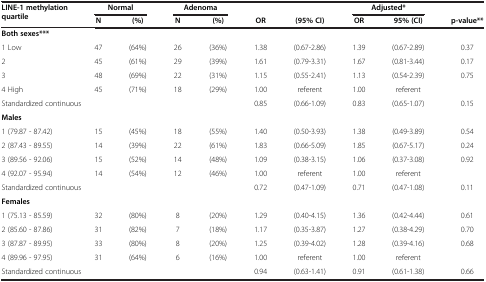
<table><thead><tr><td rowspan="2"><b>LINE-1 methylation quartile</b></td><td colspan="2"><b>Normal</b></td><td colspan="2"><b>Adenoma</b></td><td><b> </b></td><td><b> </b></td><td colspan="2"><b>Adjusted*</b></td><td><b> </b></td></tr><tr><td><b>N</b></td><td><b>(%)</b></td><td><b>N</b></td><td><b>(%)</b></td><td><b>OR</b></td><td><b>(95% CI)</b></td><td><b>OR</b></td><td><b>95% (CI)</b></td><td><b>p-value**</b></td></tr></thead><tbody><tr><td><b>Both sexes***</b></td><td> </td><td> </td><td> </td><td> </td><td> </td><td> </td><td> </td><td> </td><td> </td></tr><tr><td>1 Low</td><td>47</td><td>(64%)</td><td>26</td><td>(36%)</td><td>1.38</td><td>(0.67-2.86)</td><td>1.39</td><td>(0.67-2.89)</td><td>0.37</td></tr><tr><td>2</td><td>45</td><td>(61%)</td><td>29</td><td>(39%)</td><td>1.61</td><td>(0.79-3.31)</td><td>1.67</td><td>(0.81-3.44)</td><td>0.17</td></tr><tr><td>3</td><td>48</td><td>(69%)</td><td>22</td><td>(31%)</td><td>1.15</td><td>(0.55-2.41)</td><td>1.13</td><td>(0.54-2.39)</td><td>0.75</td></tr><tr><td>4 High</td><td>45</td><td>(71%)</td><td>18</td><td>(29%)</td><td>1.00</td><td>referent</td><td>1.00</td><td>referent</td><td> </td></tr><tr><td colspan="3">Standardized continuous</td><td> </td><td> </td><td>0.85</td><td>(0.66-1.09)</td><td>0.83</td><td>(0.65-1.07)</td><td>0.15</td></tr><tr><td><b>Males</b></td><td> </td><td> </td><td> </td><td> </td><td> </td><td> </td><td> </td><td> </td><td> </td></tr><tr><td>1 (79.87 - 87.42)</td><td>15</td><td>(45%)</td><td>18</td><td>(55%)</td><td>1.40</td><td>(0.50-3.93)</td><td>1.38</td><td>(0.49-3.89)</td><td>0.54</td></tr><tr><td>2 (87.43 - 89.55)</td><td>14</td><td>(39%)</td><td>22</td><td>(61%)</td><td>1.83</td><td>(0.66-5.09)</td><td>1.85</td><td>(0.67-5.17)</td><td>0.24</td></tr><tr><td>3 (89.56 - 92.06)</td><td>15</td><td>(52%)</td><td>14</td><td>(48%)</td><td>1.09</td><td>(0.38-3.15)</td><td>1.06</td><td>(0.37-3.08)</td><td>0.92</td></tr><tr><td>4 (92.07 - 95.94)</td><td>14</td><td>(54%)</td><td>12</td><td>(46%)</td><td>1.00</td><td>referent</td><td>1.00</td><td>referent</td><td> </td></tr><tr><td colspan="3">Standardized continuous</td><td> </td><td> </td><td>0.72</td><td>(0.47-1.09)</td><td>0.71</td><td>(0.47-1.08)</td><td>0.11</td></tr><tr><td><b>Females</b></td><td> </td><td> </td><td> </td><td> </td><td> </td><td> </td><td> </td><td> </td><td> </td></tr><tr><td>1 (75.13 - 85.59)</td><td>32</td><td>(80%)</td><td>8</td><td>(20%)</td><td>1.29</td><td>(0.40-4.15)</td><td>1.36</td><td>(0.42-4.44)</td><td>0.61</td></tr><tr><td>2 (85.60 - 87.86)</td><td>31</td><td>(82%)</td><td>7</td><td>(18%)</td><td>1.17</td><td>(0.35-3.87)</td><td>1.27</td><td>(0.38-4.29)</td><td>0.70</td></tr><tr><td>3 (87.87 - 89.95)</td><td>33</td><td>(80%)</td><td>8</td><td>(20%)</td><td>1.25</td><td>(0.39-4.02)</td><td>1.28</td><td>(0.39-4.16)</td><td>0.68</td></tr><tr><td>4 (89.96 - 97.95)</td><td>31</td><td>(64%)</td><td>6</td><td>(16%)</td><td>1.00</td><td>referent</td><td>1.00</td><td>referent</td><td> </td></tr><tr><td colspan="3">Standardized continuous</td><td> </td><td> </td><td>0.94</td><td>(0.63-1.41)</td><td>0.91</td><td>(0.61-1.38)</td><td>0.66</td></tr></tbody></table>